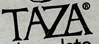
TAZA